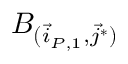
B _ { ( \vec { i } _ { P , 1 } , \vec { j } ^ { * } ) }